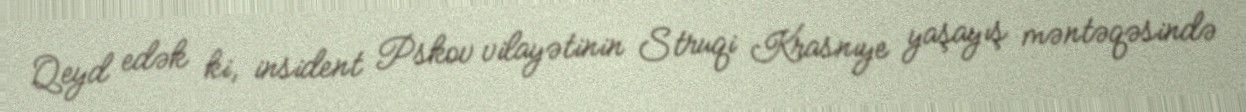
Qeyd edək ki, insident Pskov vilayətinin Struqi Krasnıye yaşayış məntəqəsində